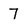
Character: 7